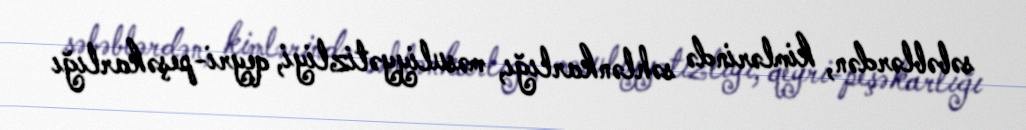
səbəblərdən, kimlərində səhlənkarlığı, məsuliyyətizliyi, qeyri-peşəkarlığı